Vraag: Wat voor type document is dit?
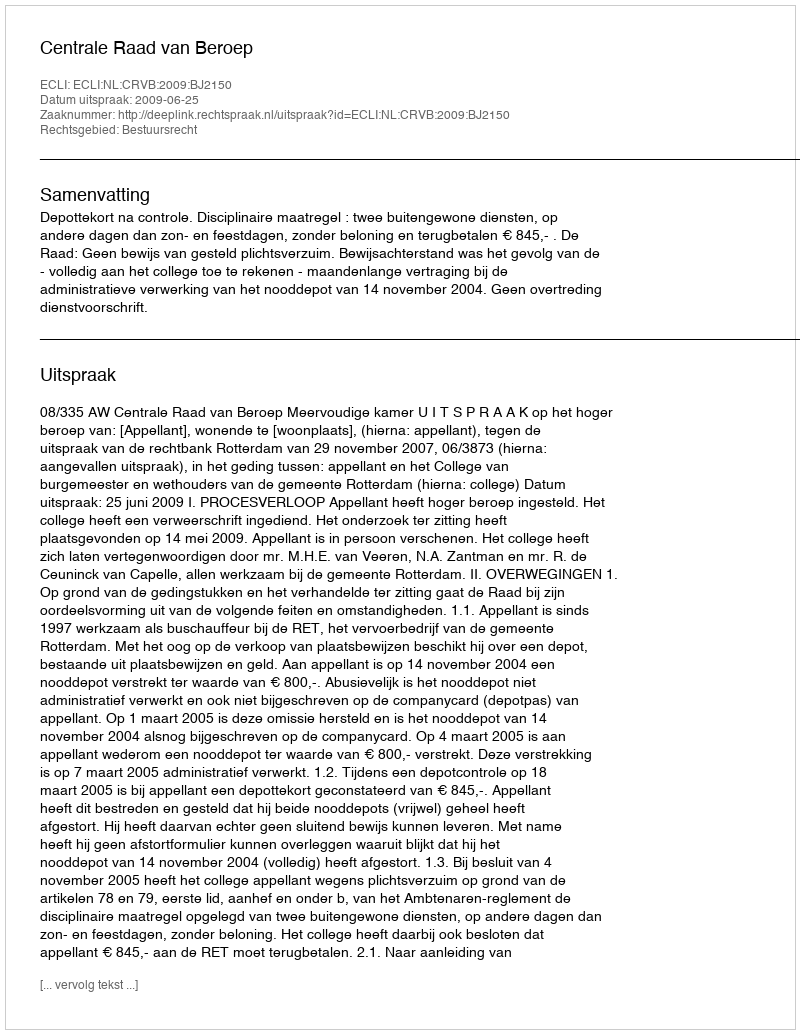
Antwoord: Uitspraak